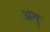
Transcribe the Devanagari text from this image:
अगु